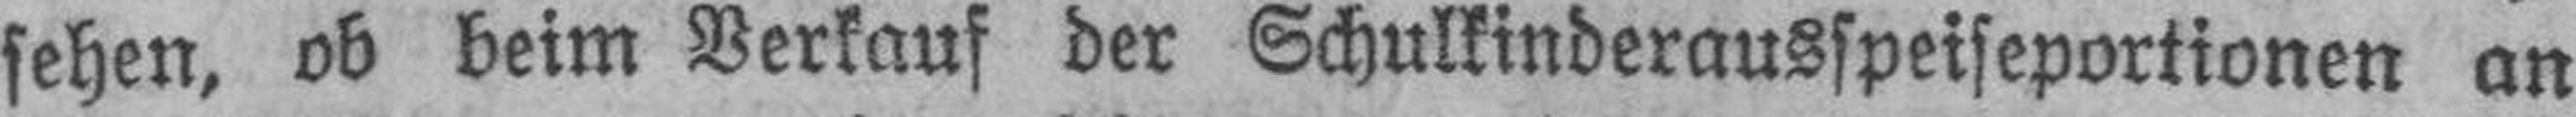
sehen, ob beim Verkauf der Schulkinderausspeiseportionen an